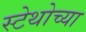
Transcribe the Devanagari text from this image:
स्टेथोच्या